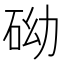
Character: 𥑑